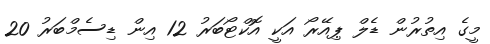
މީގެ އިތުރުން ޑެލް ޕިއޭރޯ އަކީ އޮކްޓޯބަރު 12 އިން ޑިސެމްބަރު 20